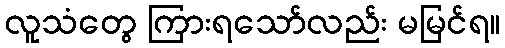
လူသံတွေ ကြားရသော်လည်း မမြင်ရ။